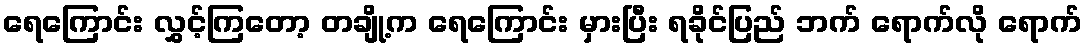
ရေကြောင်း လွှင့်ကြတော့ တချို့က ရေကြောင်း မှားပြီး ရခိုင်ပြည် ဘက် ရောက်လို ရောက်